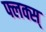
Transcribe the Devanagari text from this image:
फ्लक्स्